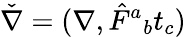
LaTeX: \check{\nabla}=(\nabla,\hat{F}{}^{a}{}_{b}t_{c})